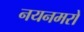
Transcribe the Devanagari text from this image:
नयनमरों